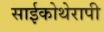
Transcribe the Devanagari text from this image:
साईकोथेरापी